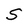
Character: S